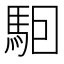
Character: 𱄔